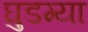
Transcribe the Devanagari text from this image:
घुडग्या